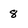
Character: 8